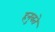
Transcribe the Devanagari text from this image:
हनुवते